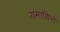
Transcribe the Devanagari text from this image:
यमाशिरों